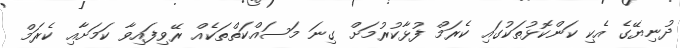
ދުނިޔޭގެ އެކި ކަންކޮޅުތަކުގައި ކެރަމް ފުޅާކުރުމަށް ގިނަ މަސައްކަތްތަކެއް ރޭވިފައިވާ ކަމަށާއި ކެރަމް